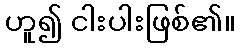
ဟူ၍ ငါးပါးဖြစ်၏။